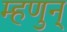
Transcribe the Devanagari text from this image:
म्हणुन्